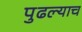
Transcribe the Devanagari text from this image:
पुढल्याच